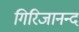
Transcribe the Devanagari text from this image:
गिरिजानन्द